Civil Veterinary Department Bihar & Orissa reports 1929-36 - 1929-1936
Year: 1929
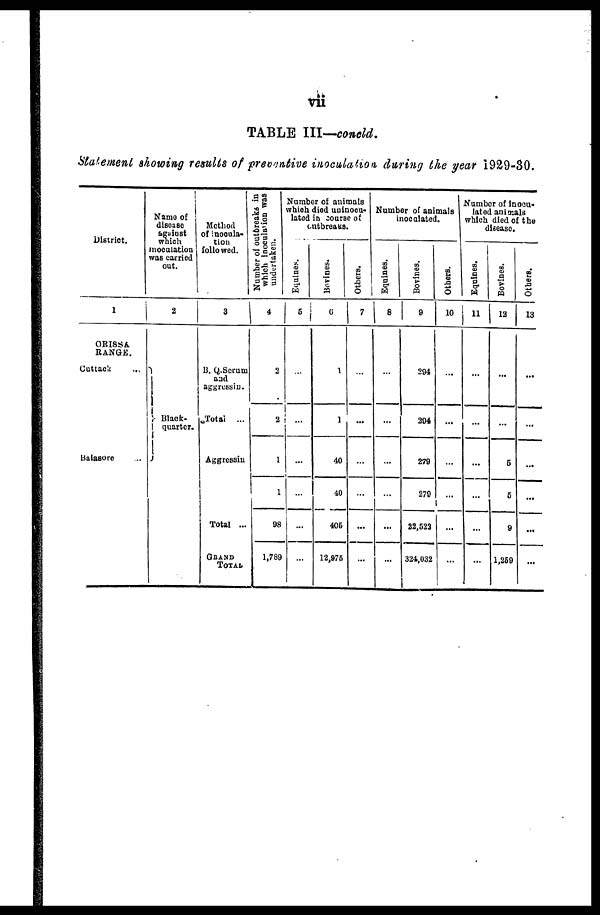
vii
TABLE III—concld.
Statement showing results of preventive inoculation, during the year 1929-30.
District.
1
ORISSA
RANGE.
Cuttack
...
Balasorc
Name of
disease
against
which
inoculation
was carried
oat.
2
Black-
quarter.
Method
of inocula-
tion
followed.
3
B. Q. Serum
and
aggressin.
Total ...
Aggressin.
Total ...
GRAND
TOTAL
Number of outbreaks in
which inoculation was
undertaken.
4
2
2
1
1
98
1,789
Number of animals
which died uninocu-
lated in course of
outbreaks.
Equines.
5
...
...
...
...
...
...
Bovines.
6
1
1
40
40
405
12,975
Others.
7
...
...
...
...
...
Number of animals
inoculated.
Equines.
8
...
...
...
...
...
...
Bovines.
9
294
294
279
279
22,523
324,032
Others.
10
...
...
...
...
...
Number of inocu-
lated animals
which died of the
disease.
Equines.
11
...
...
...
...
...
...
Bovines.
12
...
...
5
5
9
1,259
Others.
13
...
...
...
...
...